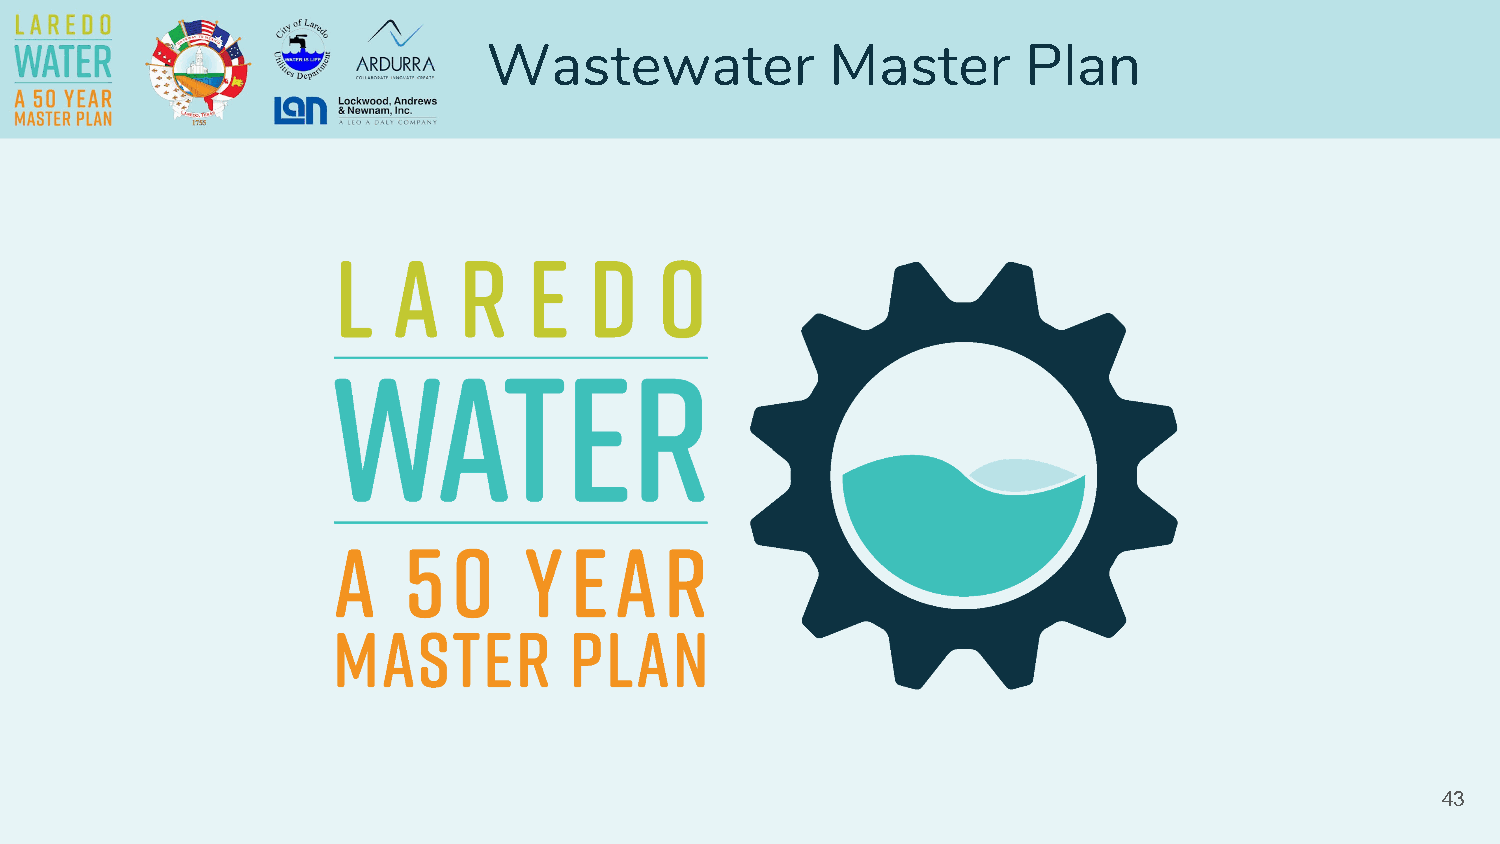
Wastewater             Master       Plan
 43